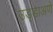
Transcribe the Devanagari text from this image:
उड्डाअणे